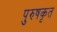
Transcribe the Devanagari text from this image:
पुरुषकृत